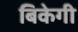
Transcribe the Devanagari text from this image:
बिकेगी